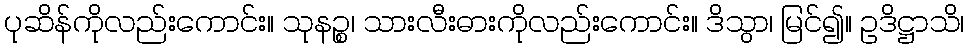
ပုဆိန်ကိုလည်းကောင်း။ သုနဉ္စ၊ သားလီးဓားကိုလည်းကောင်း။ ဒိသွာ၊ မြင်၍။ ဥဒိဋ္ဌာသိ၊